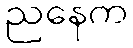
ညနေက